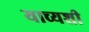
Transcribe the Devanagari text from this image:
याच्यशी